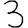
Digit: 3